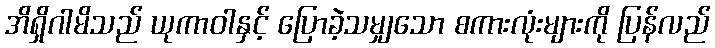
အိရှိဂါမိသည် ယုကာဝါနှင့် ပြောခဲ့သမျှသော စကားလုံးများကို ပြန်လည်